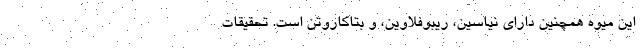
این میوه همچنین دارای نیاسین، ریبوفلاوین، و بتاکاروتن است. تحقیقات